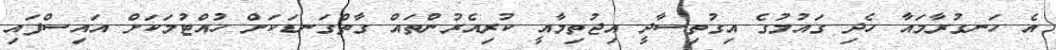
އެ ހަނގުރާމައާ ހެދި ގައުމުގެ އިގުތިސާދީ އިޖުތިމާއީ ކުރިއެރުންތައް ގާތްގަނޑަކަށް ހުއްޓުމަކަށް އައިސްފައި